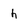
Character: h